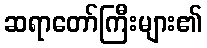
ဆရာတော်ကြီးများ၏